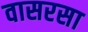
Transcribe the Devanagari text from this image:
वासरसा